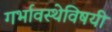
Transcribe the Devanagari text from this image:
गर्भावस्थेविषयी